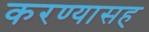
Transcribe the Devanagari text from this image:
करण्यासह